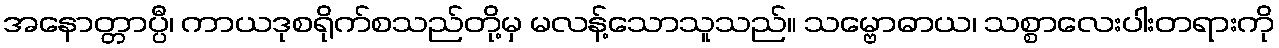
အနောတ္တာပ္ပီ၊ ကာယဒုစရိုက်စသည်တို့မှ မလန့်သောသူသည်။ သမ္ဗောဓာယ၊ သစ္စာလေးပါးတရားကို